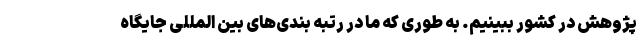
پژوهش در کشور ببینیم. به طوری که ما در رتبه بندی‌های بین المللی جایگاه